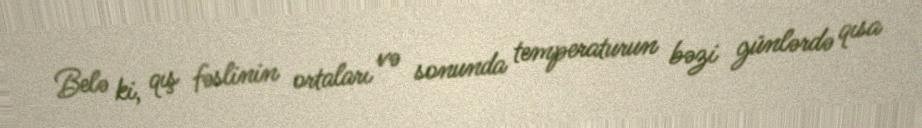
Belə ki, qış fəslinin ortaları və sonunda temperaturun bəzi günlərdə qısa